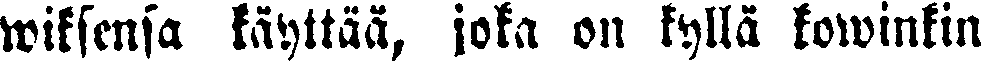
wiksensa käyttää, joka on kyllä kowinkin